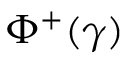
\Phi ^ { + } ( \gamma )